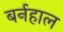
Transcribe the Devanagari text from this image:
बर्नहाल